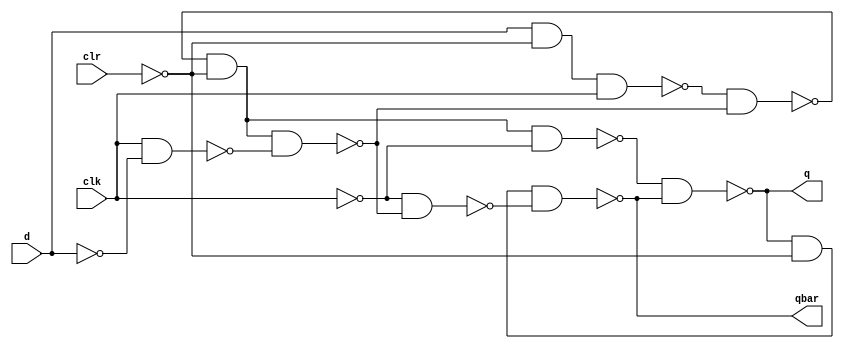
//master-slave negative edge-triggered
//d flip flop with 
//asynchronous clear input.
module dff (output wire q, qbar,
            input wire d, clk, clr
    
);

wire w1, w2, w3, w4, w5, w6;

not g1(_clk, clk);
not g2(_clr, clr);
not g3(_d, d);

//master latch
nand g4(w1, d, _clr, clk);
nand g5(w2, clk, _d);
nand g6(w3, w1, w4);
nand g7(w4, w3, _clr, w2);

//slave latch
nand g8(w5, w3, _clr, _clk);
nand g9(w6, _clk, w4);
nand g10(q, w5, qbar);
nand g11(qbar, q, _clr, w6);

endmodule //dff